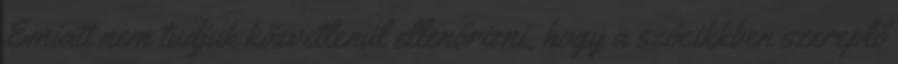
Emiatt nem tudjuk közvetlenül ellenőrizni, hogy a szócikkben szereplő